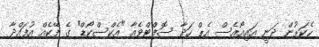
ހެކަރުން ދަނީ އައިއޯއެސް އެޕް ހަދާ ސޮފްޓްވެއާ "އެކްސްކޯޑް" ގެ ފޭކެއް އުފައްދާ